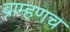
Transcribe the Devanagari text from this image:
ब्राम्हणच